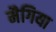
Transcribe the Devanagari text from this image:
मैगिया